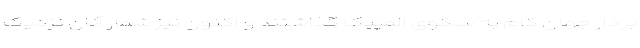
‌بردار جهان گام به سکوی المپیک گذاشتند و اکنون نیز شمار آنان نزدیک